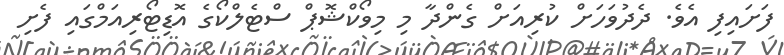
ފަށައިފި އެވެ. ދެދުވަހަށް ކުރިއަށް ގެންދާ މި މިވޯކްޝޮޕް ސްޓެލްކޯގެ އޮޑިޓޯރިއަމްގައި ފެށި